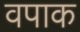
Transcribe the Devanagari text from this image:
वपाक